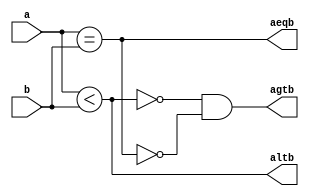
module komparator
    #(
        parameter N=4
    )
    (
        input [N-1:0] a,b,
        output altb,aeqb,agtb
    );

    reg altb_i;
    reg aeqb_i;
    reg agtb_i;

    always @(*) begin
        altb_i = (a < b);
        aeqb_i = (a == b);
        agtb_i = (~altb_i) & (~aeqb_i);
    end

    assign altb = altb_i;
    assign aeqb = aeqb_i;
    assign agtb = agtb_i;

endmodule